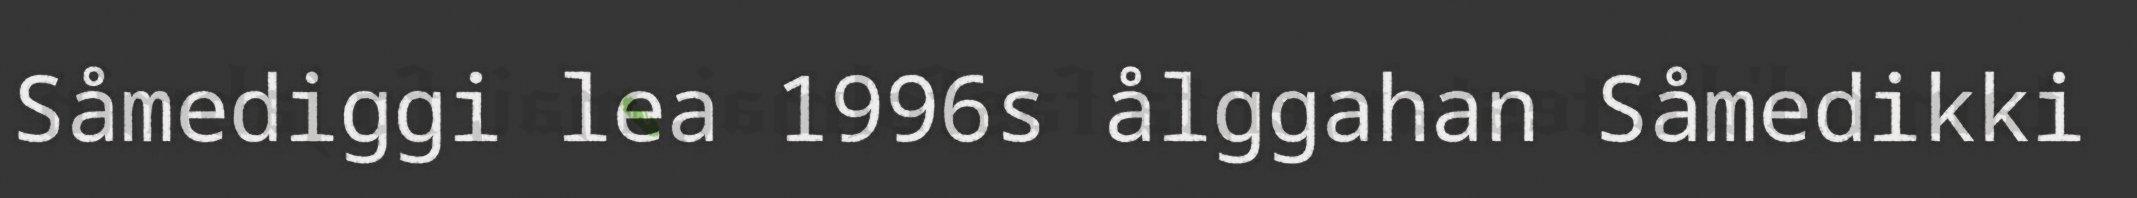
Såmediggi lea 1996s ålggahan Såmedikki